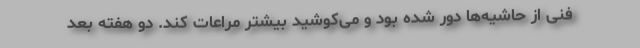
فنی از حاشیه‌ها دور شده بود و می‌کوشید بیشتر مراعات کند. دو هفته بعد